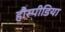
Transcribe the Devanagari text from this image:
हौस्पीडिया